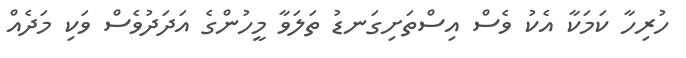
ހުރިހާ ކަމަކާ އެކު ވެސް އިސްތަށިގަނޑު ތަލަވާ މީހުންގެ އަދަދުވެސް ވަކި މަދެއް